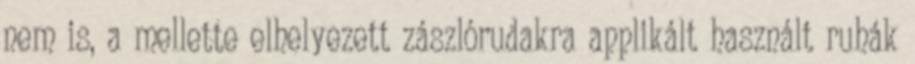
nem is, a mellette elhelyezett zászlórudakra applikált használt ruhák